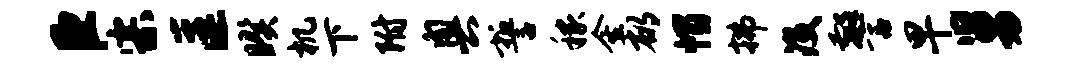
臣宗匡暌机下附奥誓稼金郁帽拂没警早舅